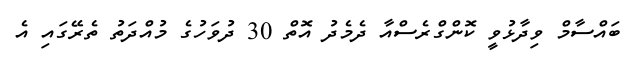
ބައްސާމް ވިދާޅުވީ ކޮންގްރެސްއާ ދެމެދު އޮތް 30 ދުވަހުގެ މުއްދަތު ތެރޭގައި އެ